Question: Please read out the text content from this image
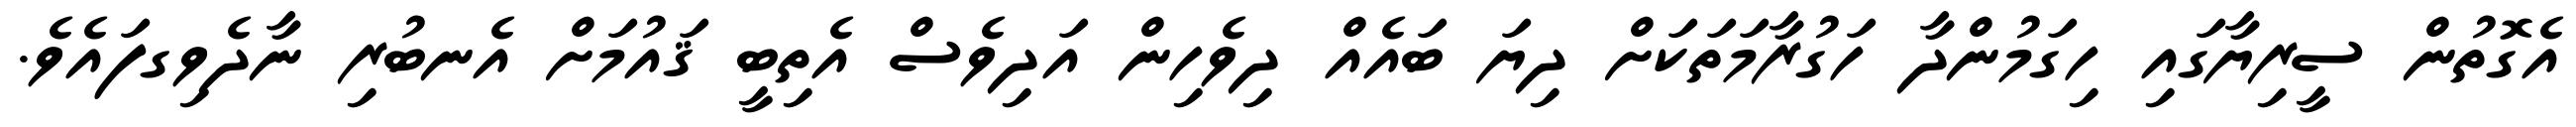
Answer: އެގޮތުން ސީރިޔާގައި ހިގަމުންދާ ހަގުރާމަތަކަށް ދިޔަ ބައެއް ދިވެހިން އަދިވެސް އެތިބީ ޤައުމަށް އެނބުރި ނާދެވިގފައެވެ.